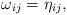
LaTeX: \begin{align*}\omega_{ij} = \eta_{ij},\end{align*}